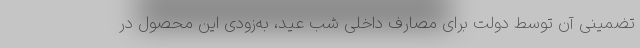
تضمینی آن توسط دولت برای مصارف داخلی شب عید، به‌زودی این محصول در